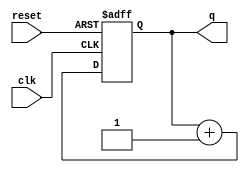
`timescale 1ns / 1ps
//////////////////////////////////////////////////////////////////////////////////
// Company: 
// Engineer: 
// 
// Design Name: 
// Module Name: modcounter
// Project Name: 
// Target Devices: 
// Tool Versions: 
// Description: 
// 
// Dependencies: 
// 
// Revision:
// Revision 0.01 - File Created
// Additional Comments:
// 
//////////////////////////////////////////////////////////////////////////////////


module modcounter(clk, reset, q );

input clk, reset;
output [7:0] q;

reg [7:0] q;

always @(posedge clk, posedge reset)
    if(reset) q<= 3'b0;
    else q<= q + 3'b1;
endmodule